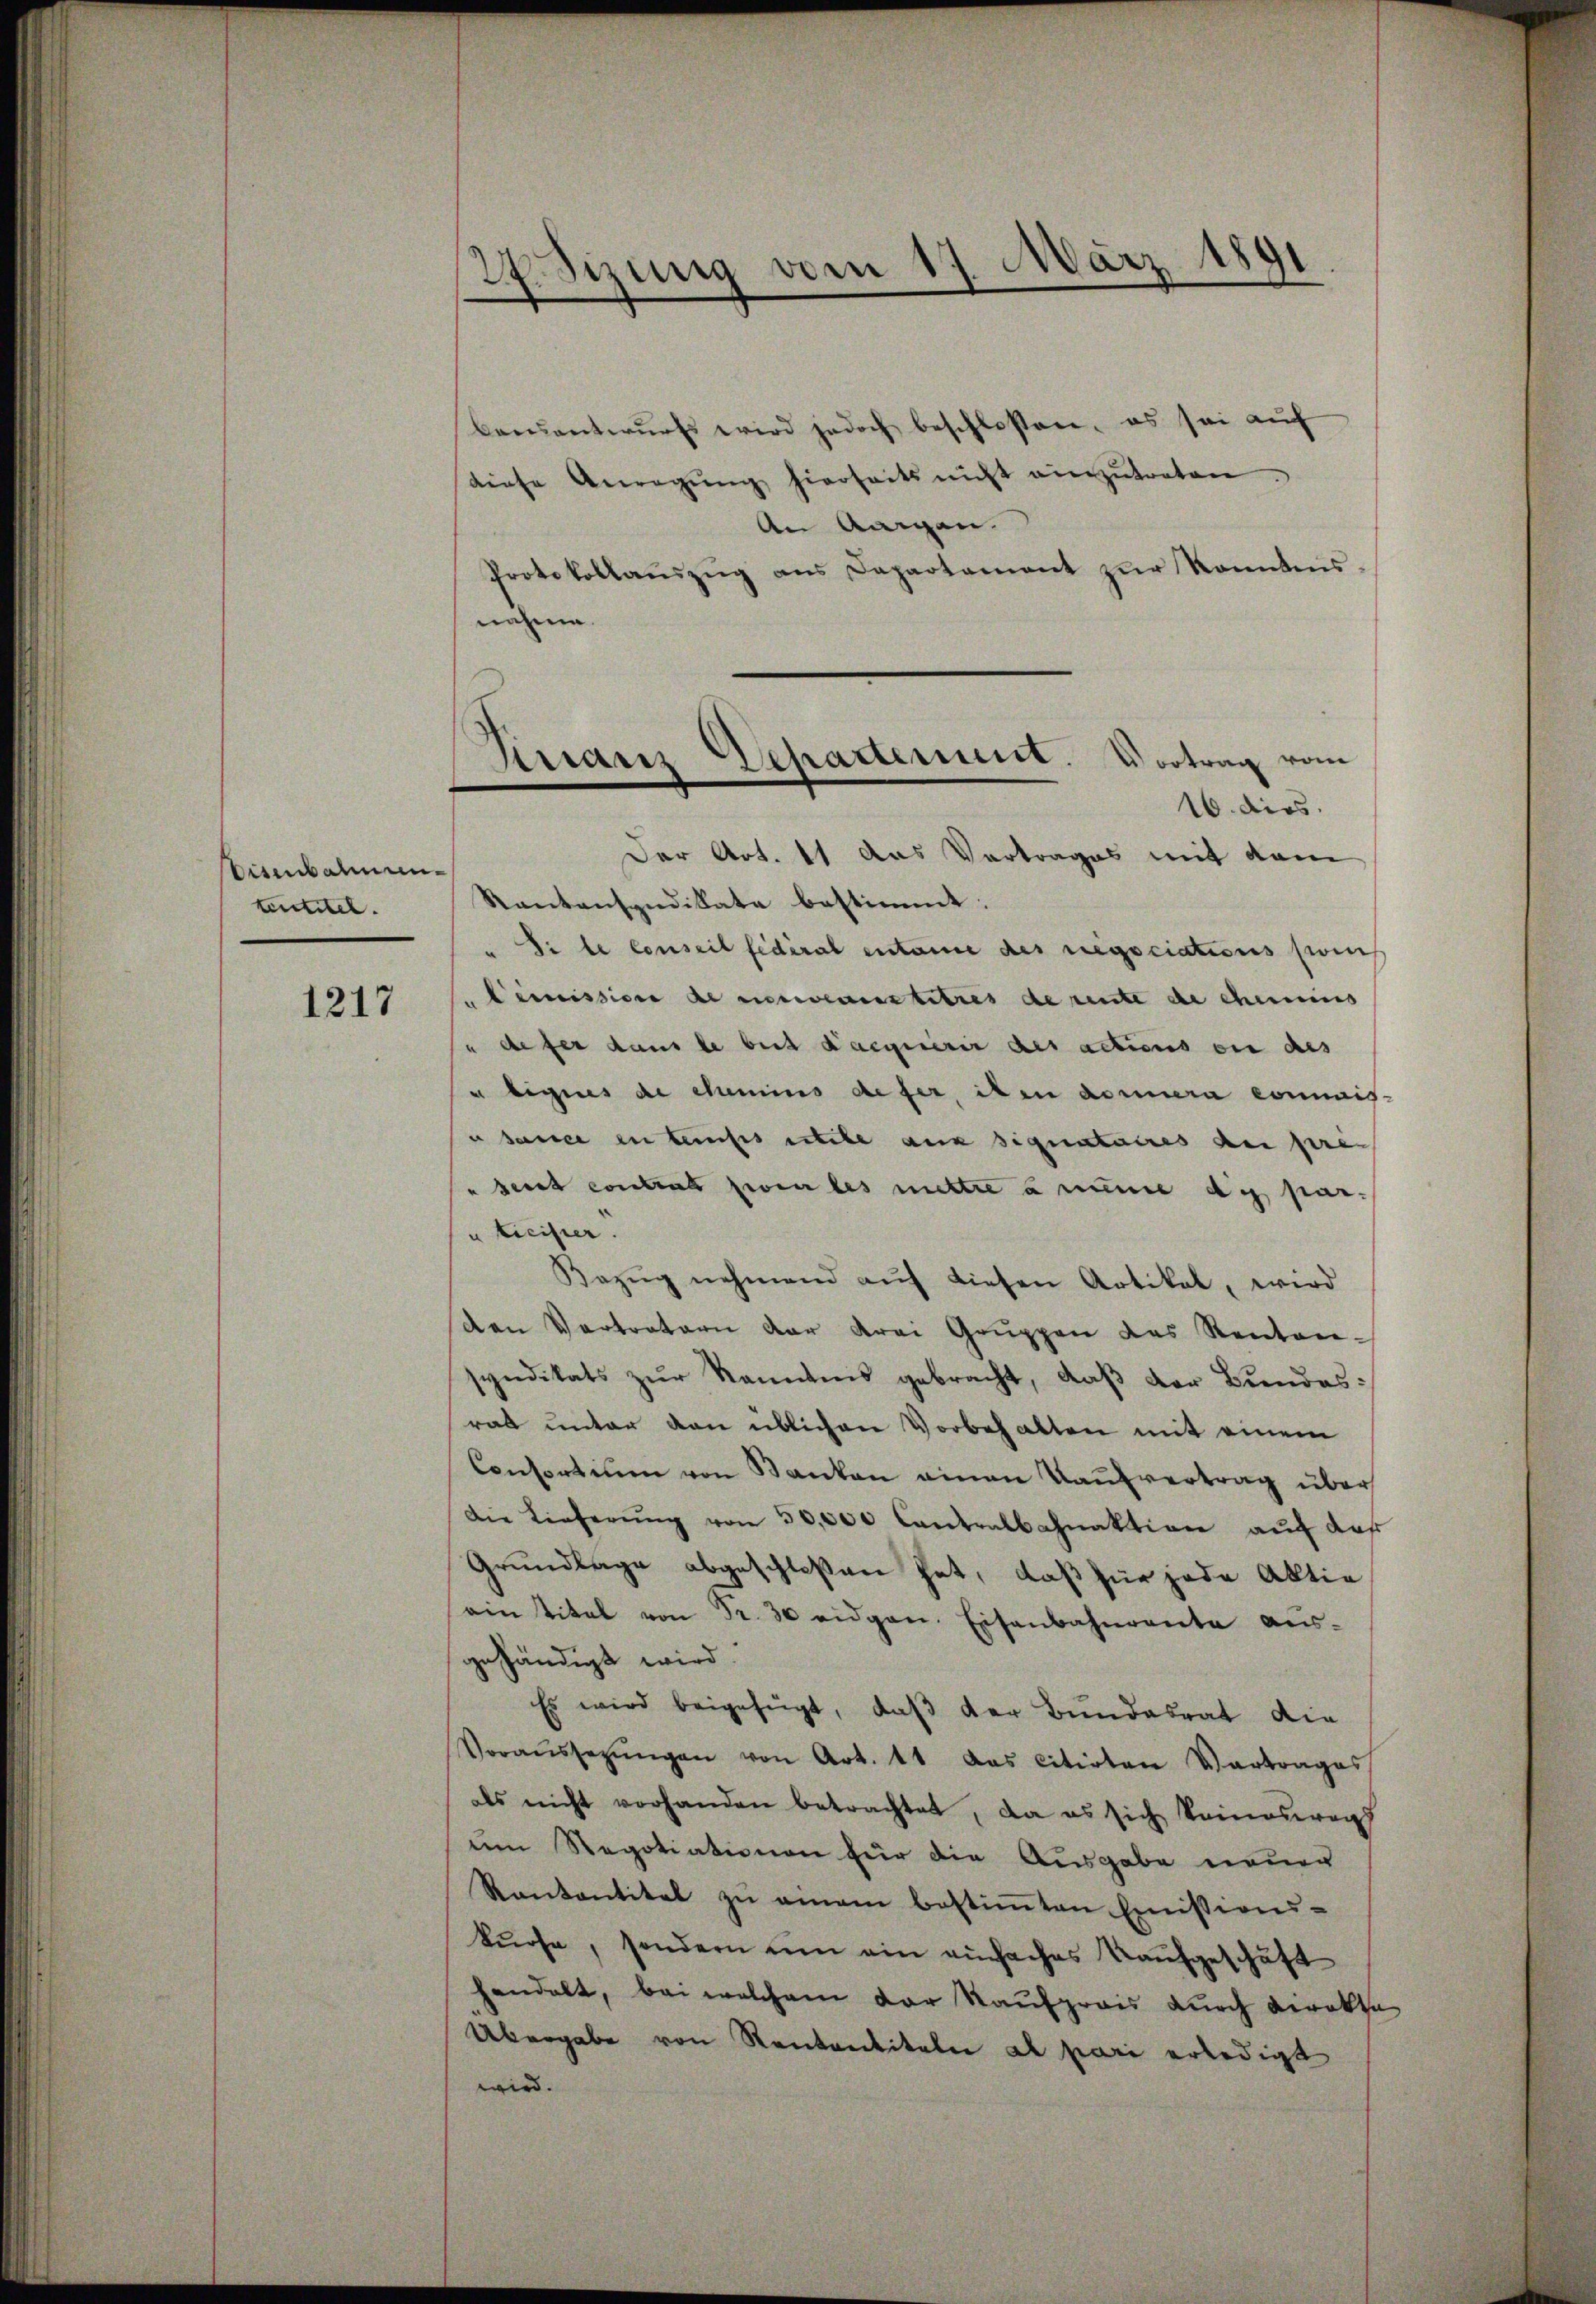
Eisenbahnen.
tentitel.

1217

Wizung vom 17. März 189
¬

beantwurfs wird jedoch beschlossen, es sei auf
diese Anregŭng hierseits nicht einzŭtreten.
An Aargau.
Protokollaŭszŭg ans Departament zŭr Konntens
nahme.

Finanz Repartement. Vortrag vom
16. dies

Der Art. 11 das Vortrages mit dam
Kantonsyndikate bestimmt.
Si le conseil fédéral entaine des regociations sein
Cemission de notwenstetres de rente de chineins
" defer dans le beit acquérir des actions en des
u Eigens de chamins defer, eben domura commis-
 dauer in teuses eitete aus signataires au pre
" deret contrat zwei les nichte amine di paruticister
Bezŭg nehmend aŭf diesen Artikel, wird
den Vertratern der drei Gruppen des Renten-
syndikats zur Kenntnis gebracht, daß der Bundes:
rat unter den üblichen Vorbehalten mit einem
Consortium von Banken einen Kaufvertrag über
Die Lieferŭng von 50,000 Contralbahnaktion aŭf das
Grundlage abgeschloßen hat, daß für jede Aktie
ain Titel von Fr. 30 eidgen. Eisenbahnrente aŭs-
gehändigt wird.
Es wird beigefügt, daß der Bundesrat die
Voraŭssezŭngen von Art. 11 das citirten Vertrages
als nicht vorhanden betrachtet, da es sich keineswegs
um Regotiationen für die Ausgabe neuer
Kantantitel zŭ einem bestimmten Emissions-
kŭrse, sondern um ein einfaches Kaufgeschäft
handelt, bei welchem der Kaufpreis durch Direkte
Übergabe von Rentantitale al pari erledigt
wird.